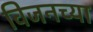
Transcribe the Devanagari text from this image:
विजनच्या